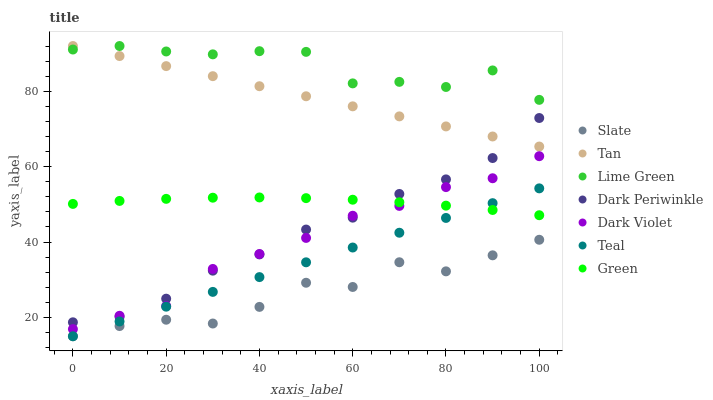
| xaxis_label | Slate | Tan | Lime Green | Dark Periwinkle | Dark Violet | Teal | Green |
 | --- | --- | --- | --- | --- | --- | --- | --- |
 | 0 | 15 | 92 | 91.1 | 18.7 | 16.9 | 15 | 50.1 |
 | 10 | 17.7 | 89.3 | 92 | 20.2 | 20.4 | 18.9 | 50.9 |
 | 20 | 19.4 | 86.7 | 90.6 | 25 | 23 | 22.8 | 51.5 |
 | 30 | 18.4 | 84 | 89.8 | 32.4 | 32.9 | 26.8 | 51.8 |
 | 40 | 22.8 | 81.3 | 90.6 | 36.7 | 36.8 | 30.7 | 51.8 |
 | 50 | 29.2 | 78.7 | 90.5 | 43.3 | 41.1 | 34.6 | 51.6 |
 | 60 | 28.1 | 76 | 82.1 | 46.5 | 47 | 38.5 | 51.2 |
 | 70 | 34.6 | 73.3 | 82.5 | 52.8 | 49.6 | 42.5 | 50.6 |
 | 80 | 32.2 | 70.7 | 81.1 | 56.6 | 54.6 | 46.4 | 49.6 |
 | 90 | 36.5 | 68 | 85.5 | 62.3 | 56.9 | 50.3 | 48.5 |
 | 100 | 40.6 | 65.3 | 77.7 | 72.9 | 62.8 | 54.2 | 47.1 |